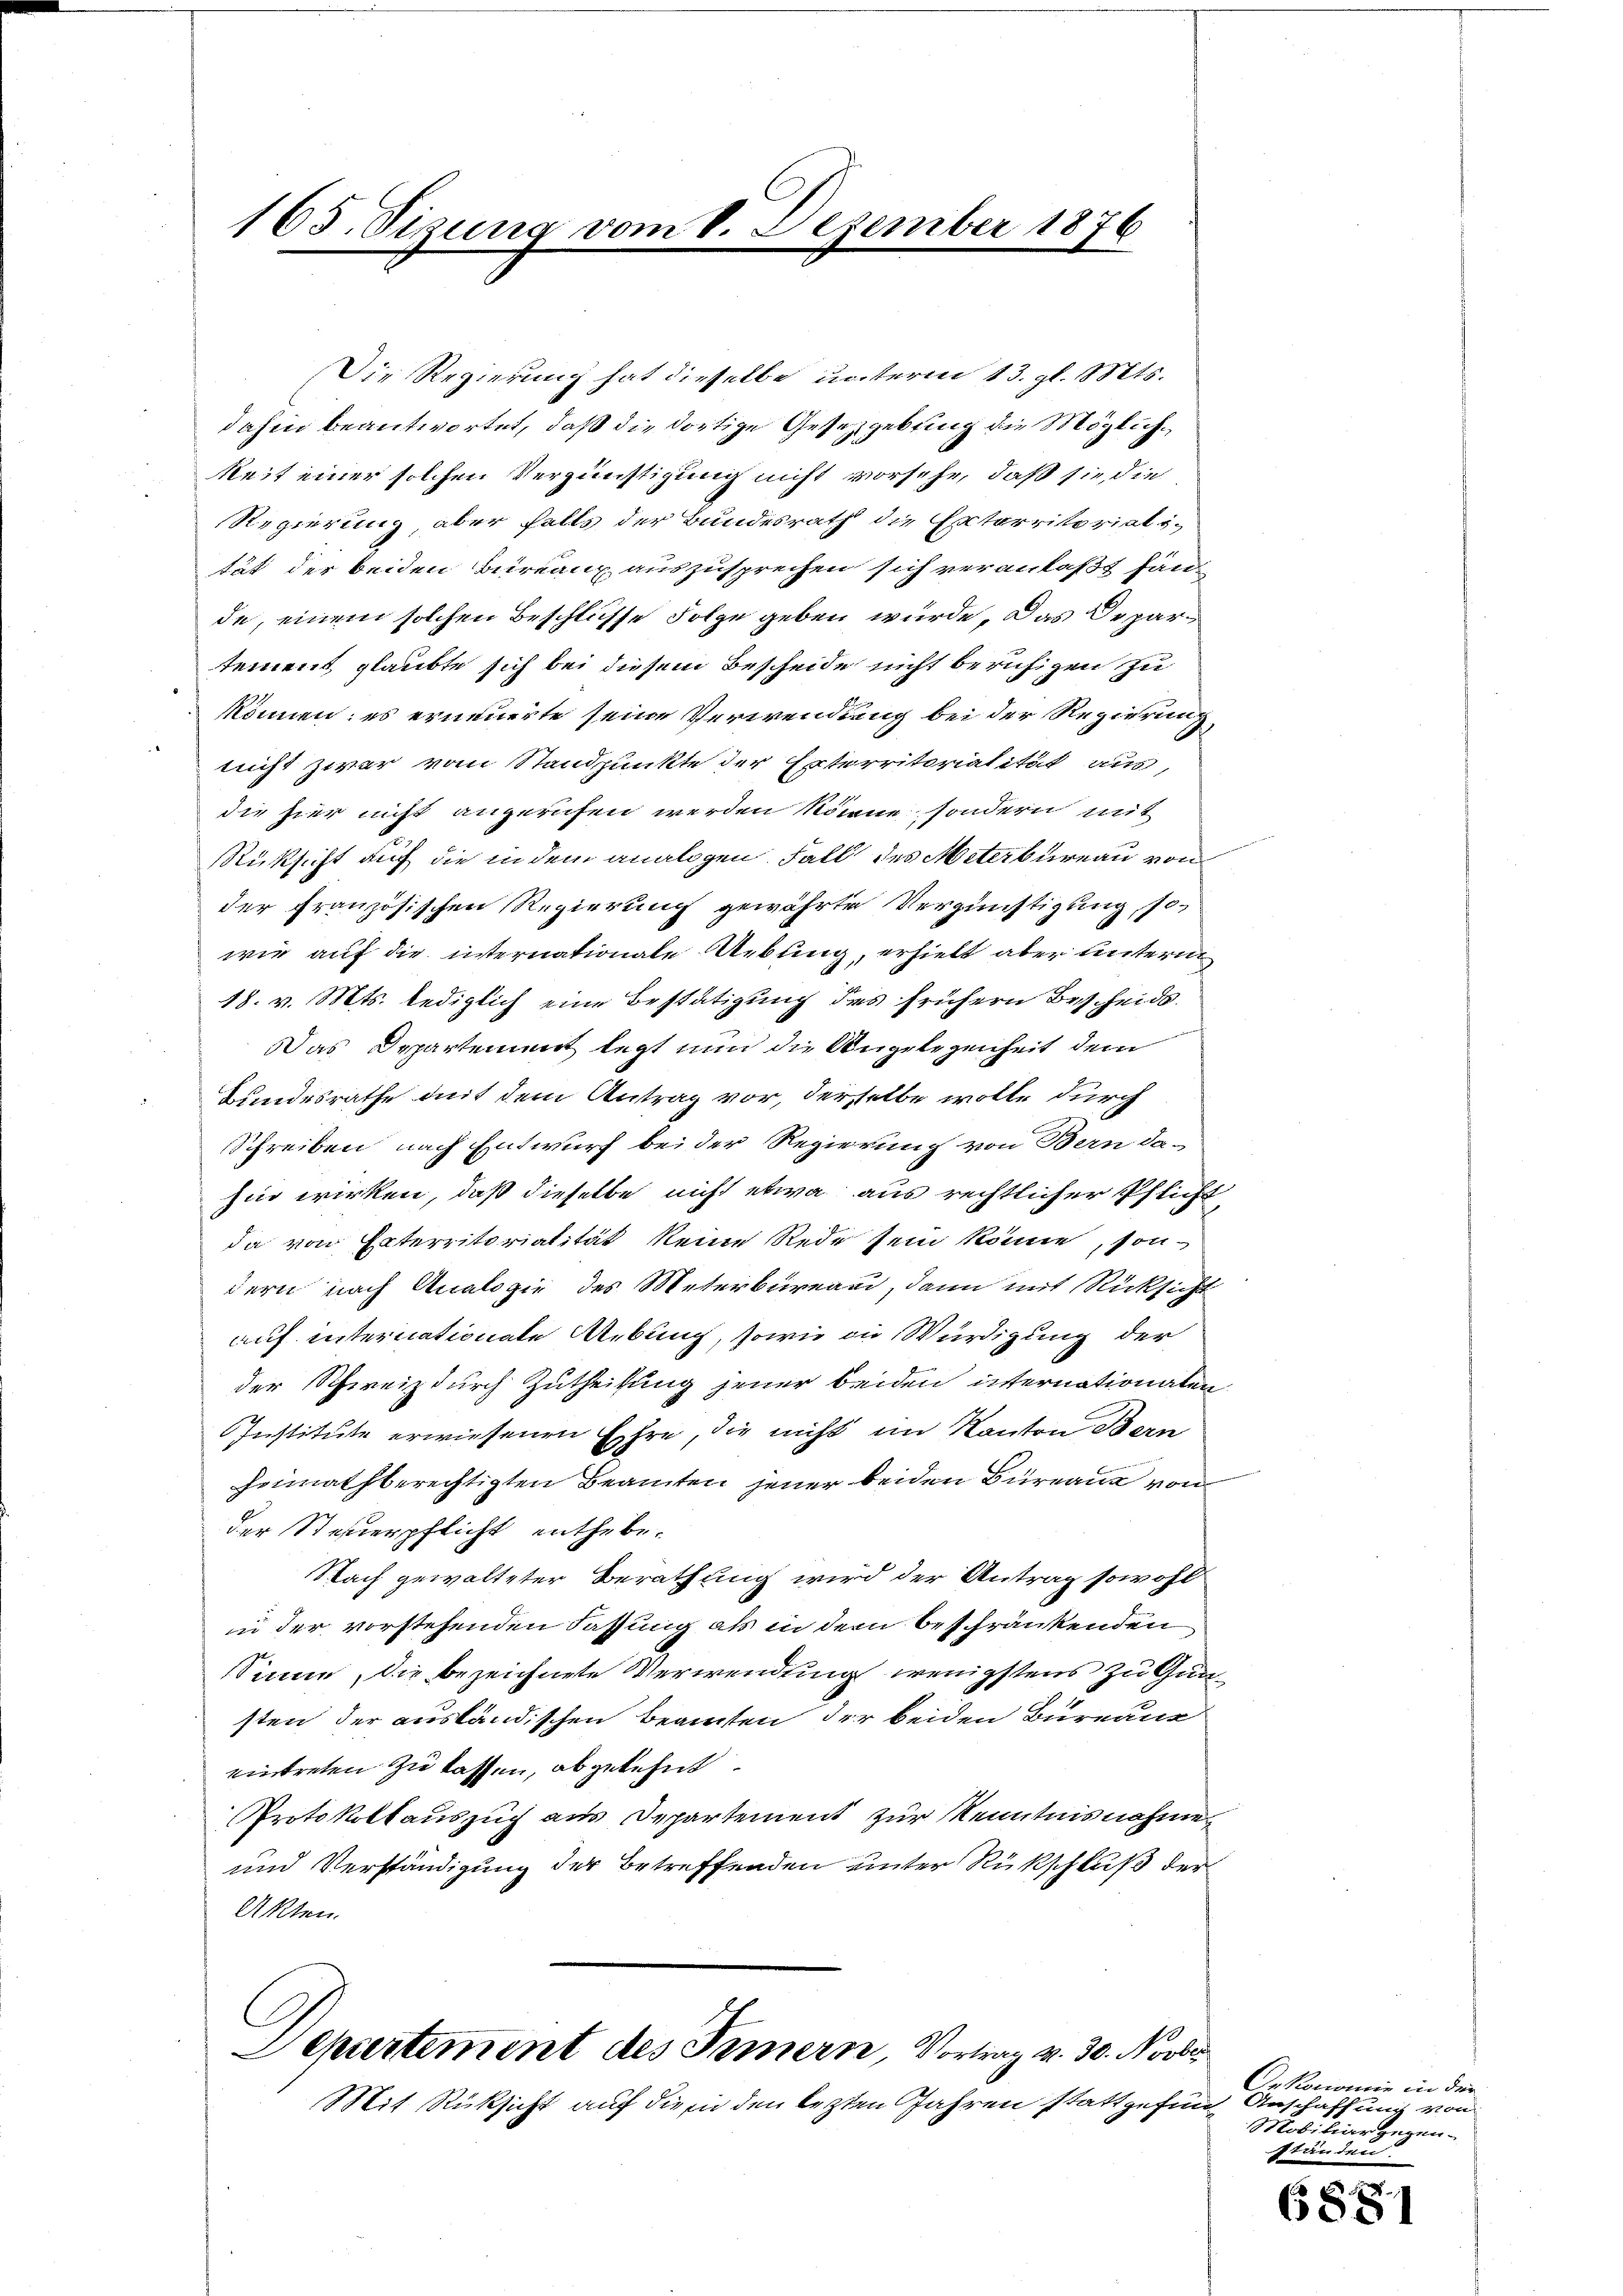
163. Sizung vom 8. Dezember 1876

Die Regierung hat dieselbe unterm 13. gl. Mts.
dahin beantwortet, daß die dortige Gesetzgebung die Möglichkeit einer solchen Vergünstigung nicht vorsehe, daß sie, die
Regierung, aber falls der Bundesrath die Enterritoriali-
tät der beiden Bureaux auszusprechen sich veranlaßt fände, einem solchen Beschlüsse Folge geben würde, das Departement glaubte sich bei diesem Bescheide nicht beruhigen zu
können; es erneuerte seine Verwendung bei der Regierung
nicht zwar vom Standpunkte der Exterritorialität aus
die hier nicht angerufen werden könne, sondern mit
Rücksicht auf die in dem analogen. Fall des Meterbureau von
der französischen Regierung gewährte Vergünstigung, so-
wie auf die internationale Uebung, erhielt aber unterm
18. v. Mts. lediglich eine Bestätigung des frühern Bescheids.
Das Departement legt nun die Angelegenheit dem
Bundesrathe mit dem Antrag vor, derselbe wolle durch
Schreiben nach Entwurf bei der Regierung von Bern da-
hin wirken, daß dieselbe nicht etwa aus rechtlicher Pflicht
da von Enterritorialität keine Rede sein könne, sondern nach Analogie des Meterbureau, dann mit Rücksicht
auf internationate Uebung, sowie in Würdigung der
der Schweiz durch Zutheilung jener beiden internationalen
Institute erwiesenen Ehre, die nicht im Kanton Bern
heimathberechtigten Beamten jener beiden Bureau von
der Steuerpflicht enthebe.
Nach gewalteter Berathung wird der Antrag sowohl
in der vorstehenden Fassung als in dem beschränkenden
Sinne, die bezeichnete Verwendung wenigstens zu Gunsten der ausländischen Beamten der beiden Bureau
eintreten zu lassen, abgelehnt
Protokollaussuch aus Departement zur Kenntnisnahme
und Verständigung der Betreffenden unter Rückschluß der
Akten.

Departement des Timern, Vortrag v. 30. Novber
Mit Rüksicht auf die in den lezten Jahren stattgefund Anschaffung von

Oekonomie in der
Mobiliar gegen-
ständen

6881